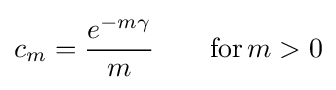
c_{m}={\frac {e^{-m\gamma }}{m}}\qquad \mathrm {for} \,m>0